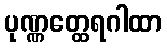
ပုဏ္ဏတ္ထေရဂါထာ